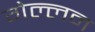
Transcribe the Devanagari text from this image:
गेल्लन